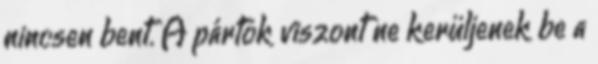
nincsen bent. A pártok viszont ne kerüljenek be a